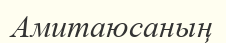
Амитаюсаның